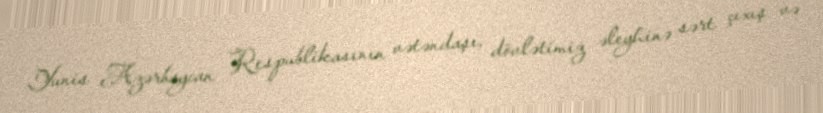
Yunis Azərbaycan Respublikasının vətəndaşı, dövlətimiz əleyhinə sərt çıxış və